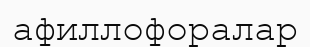
афиллофоралар